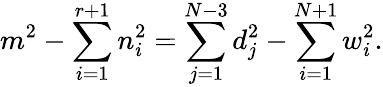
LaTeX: m^{2}-\sum_{i=1}^{r+1}n_{i}^{2}=\sum_{j=1}^{N-3}d_{j}^{2}-\sum_{i=1}^{N+1}w_{i}^{2}.